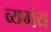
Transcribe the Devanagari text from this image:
व्यगंय